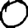
Digit: 0